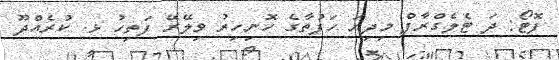
ފޮޓޯ: ދަ ޓެލެގްރާފް މިދިޔަ ހަފުތާގެ ހޮނިހިރު ވިލޭރޭ ފަތިހު ޅ. ކުރެއްދޫ